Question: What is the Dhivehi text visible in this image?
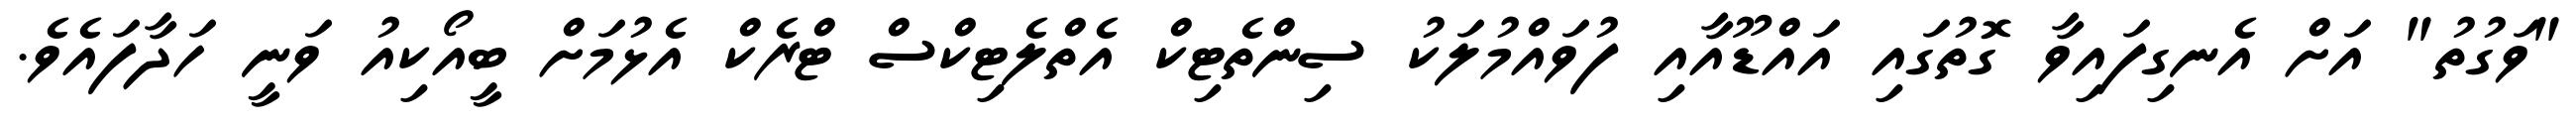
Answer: "ވަގުތު" އަށް އެނގިފައިވާ ގޮތުގައި އައްޑޫއާއި ފުވައްމުލަކު ސިންތެޓިކް އެތްލެޓިކްސް ޓްރެކް އެޅުމަށް ބީއޯކިއު ވަނީ ހަދާފައެވެ.